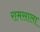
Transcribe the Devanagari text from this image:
रामसाला